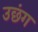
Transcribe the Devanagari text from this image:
उछंग